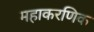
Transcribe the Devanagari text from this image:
महाकरणिक